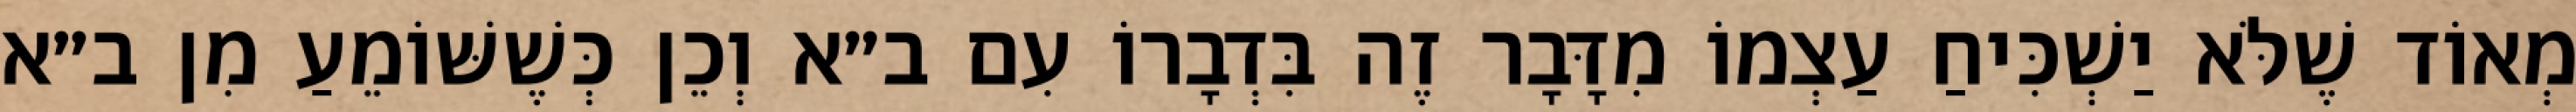
מְאוֹד שֶׁלֹּא יַשְׁכִּיחַ עַצְמוֹ מִדָּבָר זֶה בִּדְבָרוֹ עִם ב״א וְכֵן כְּשֶׁשּׁוֹמֵעַ מִן ב״א